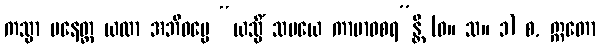
ကသ္မာ ပနေတ္ထ ယထာ အဘိဓမ္မေ “ယသ္မိံ သမယေ ကာမာဝစရ”န္တိ (ဓ။ သ။ ၁) စ, ဣတော